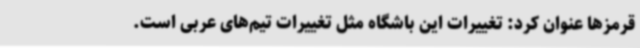
قرمزها عنوان کرد: تغییرات این باشگاه مثل تغییرات تیم‌های عربی است.